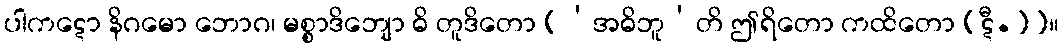
ပါကဋော နိဂမော ဘောဂ၊ မစ္စာဒိဘျော ဓိ တူဒိတော [‘အဓိဘူ’တိ ဤရိတော ကထိတော (ဋီ.)]။